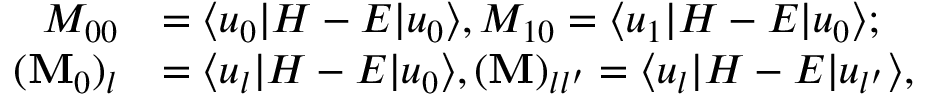
\begin{array} { r l } { M _ { 0 0 } } & { = \langle u _ { 0 } | H - E | u _ { 0 } \rangle , M _ { 1 0 } = \langle u _ { 1 } | H - E | u _ { 0 } \rangle ; } \\ { ( \mathbf { M } _ { 0 } ) _ { l } } & { = \langle u _ { l } | H - E | u _ { 0 } \rangle , ( \mathbf { M } ) _ { l l ^ { \prime } } = \langle u _ { l } | H - E | u _ { l ^ { \prime } } \rangle , } \end{array}